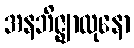
အနဘိဇ္ဈာလုနော